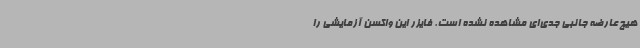
هیچ عارضه جانبی جدی‌ای مشاهده نشده است. فایزر این واکسن آزمایشی را